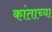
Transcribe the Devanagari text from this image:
कांताच्या